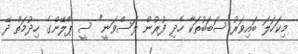
މިކަހަލަ ބައިވަރު ސަބަބުތަކާ ހެދި ފުރުން ލަސްވަނީ" ސީ ޕްލޭންގެ ހިދުމަތް ދޭ